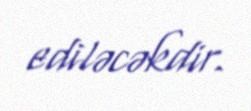
ediləcəkdir.